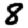
Digit: 8